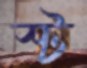
স্ট